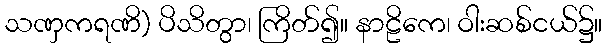
သဏှကရဏိ) ပိသိတွာ၊ ကြိတ်၍။ နာဠိကေ၊ ဝါးဆစ်ငယ်၌။